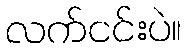
လက်ငင်းပဲ။